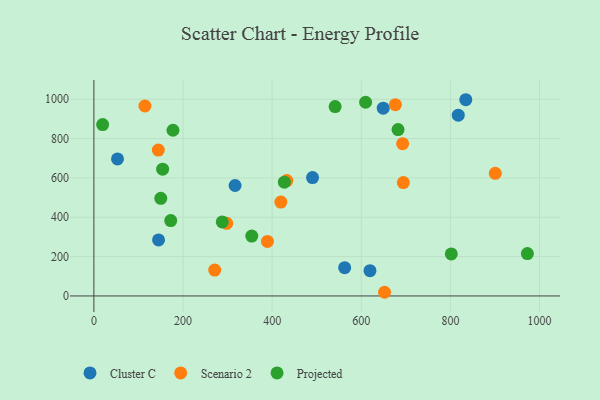
{"axis": {"x": "Speed", "y": "Exam Score"}, "legend": ["Cluster C", "Projected", "Scenario 2"], "data": [{"x": "562.7", "y": 143.8, "type": "Cluster C"}, {"x": "316.8", "y": 561.5, "type": "Cluster C"}, {"x": "834.5", "y": 997.6, "type": "Cluster C"}, {"x": "619.5", "y": 128.7, "type": "Cluster C"}, {"x": "649.2", "y": 954.6, "type": "Cluster C"}, {"x": "145.1", "y": 284.7, "type": "Cluster C"}, {"x": "53.0", "y": 696.5, "type": "Cluster C"}, {"x": "490.6", "y": 601.7, "type": "Cluster C"}, {"x": "817.6", "y": 918.8, "type": "Cluster C"}, {"x": "144.6", "y": 741.7, "type": "Scenario 2"}, {"x": "419.5", "y": 477.5, "type": "Scenario 2"}, {"x": "432.9", "y": 586.5, "type": "Scenario 2"}, {"x": "389.4", "y": 277.1, "type": "Scenario 2"}, {"x": "114.6", "y": 965.8, "type": "Scenario 2"}, {"x": "900.7", "y": 623.2, "type": "Scenario 2"}, {"x": "298.0", "y": 369.4, "type": "Scenario 2"}, {"x": "652.2", "y": 18.7, "type": "Scenario 2"}, {"x": "271.1", "y": 131.4, "type": "Scenario 2"}, {"x": "692.8", "y": 774.3, "type": "Scenario 2"}, {"x": "694.4", "y": 576.2, "type": "Scenario 2"}, {"x": "676.5", "y": 972.6, "type": "Scenario 2"}, {"x": "682.5", "y": 846.1, "type": "Projected"}, {"x": "172.4", "y": 383.0, "type": "Projected"}, {"x": "541.3", "y": 962.6, "type": "Projected"}, {"x": "19.6", "y": 871.3, "type": "Projected"}, {"x": "802.0", "y": 213.7, "type": "Projected"}, {"x": "609.7", "y": 984.8, "type": "Projected"}, {"x": "288.1", "y": 376.1, "type": "Projected"}, {"x": "354.3", "y": 304.5, "type": "Projected"}, {"x": "150.1", "y": 496.1, "type": "Projected"}, {"x": "972.7", "y": 215.3, "type": "Projected"}, {"x": "154.2", "y": 644.6, "type": "Projected"}, {"x": "177.5", "y": 842.3, "type": "Projected"}, {"x": "427.4", "y": 578.2, "type": "Projected"}]}